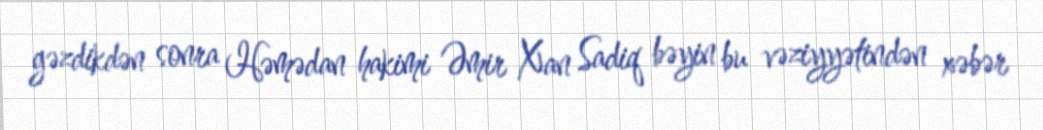
gəzdikdən sonra Həmədan hakimi Əmir Xan Sadiq bəyin bu vəziyyətindən xəbər